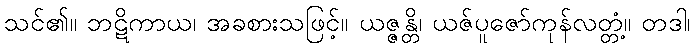
သင်၏။ ဘဋိကာယ၊ အခစားသဖြင့်။ ယဇ္ဇန္တိ၊ ယဇ်ပူဇော်ကုန်လတ္တံ့။ တဒါ၊